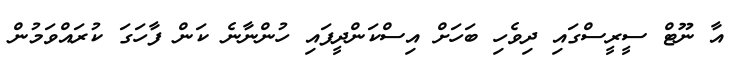
އާ ނޫޓް ސީރީސްގައި ދިވެހި ބަހަށް އިސްކަންދީފައި ހުންނާނެ ކަން ފާހަގަ ކުރައްވަމުން